Indian journal of veterinary science and animal husbandry - Volume 4,
Year: 1934
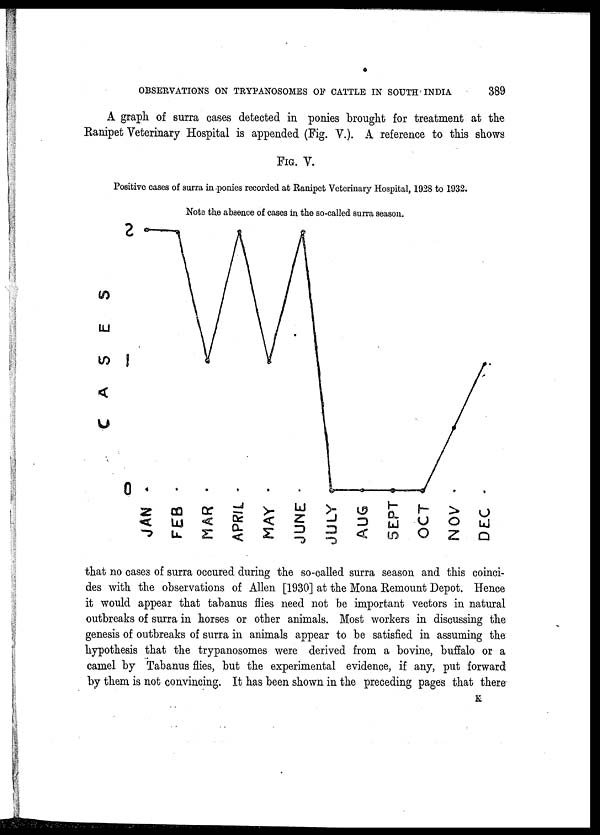
OBSERVATIONS ON TRYPANOSOMES OF CATTLE IN SOUTH INDIA
389
A graph of surra cases detected in ponies brought for treatment at the
Ranipet Veterinary Hospital is appended (Fig. V.). A reference to this shows
FIG. V.
Positive cases of surra in ponies recorded at Ranipet Veterinary Hospital, 1928 to 1932.
Note the absence of cases in the so-called surra season.
that no cases of surra occured during the so-called surra season and this coinci-
des with the observations of Allen [1930] at the Mona Remount Depot. Hence
it would appear that tabanus flies need not be important vectors in natural
outbreaks of surra in horses or other animals. Most workers in discussing the
genesis of outbreaks of surra in animals appear to be satisfied in assuming the
hypothesis that the trypanosomes were derived from a bovine, buffalo or a
camel by Tabanus flies, but the experimental evidence, if any, put forward
by them is not convincing. It has been shown in the preceding pages that there
K